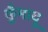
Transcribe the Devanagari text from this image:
कुँमायू